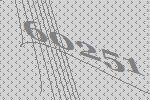
60251